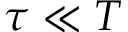
\tau \ll T